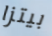
بيتزا